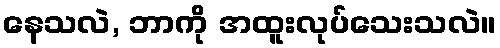
နေသလဲ, ဘာကို အထူးလုပ်သေးသလဲ။